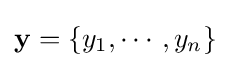
\mathbf {y} =\{y_{1},\cdots ,y_{n}\}